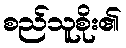
စည်သူစိုး၏